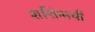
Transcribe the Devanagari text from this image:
शक्तिमयी